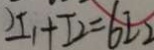
I _ { 1 } + I _ { 2 } = 6 I _ { 2 }